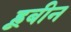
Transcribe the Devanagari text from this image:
ह्रूबीन